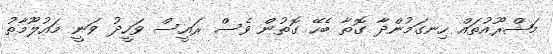
މަޝްރޫއުތައް ހިނގަމުންދާ ގޮތާ ބެހޭ ގޮތުން ވެސް ރައީސް ވަހީދު ވަނީ މައުލޫމާތު